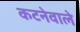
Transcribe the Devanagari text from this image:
कटनेवाले